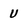
Character: U